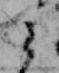
ミ